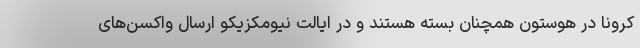
کرونا در هوستون همچنان بسته هستند و در ایالت نیومکزیکو ارسال واکسن‌های